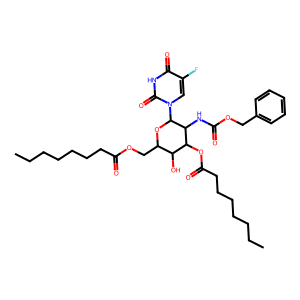
SMILES: CCCCCCCC(=O)OCC1OC(n2cc(F)c(=O)[nH]c2=O)C(NC(=O)OCc2ccccc2)C(OC(=O)CCCCCCC)C1O
Inhibits HIV replication: No